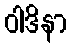
ဝါဒိနာ